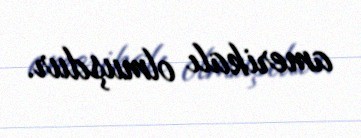
amerikalı olmuşdur.